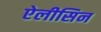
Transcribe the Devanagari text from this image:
ऐलीसिन